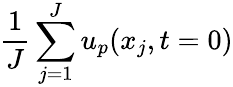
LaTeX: \frac{1}{J}\sum_{j=1}^{J}u_{p}(x_{j},t=0)